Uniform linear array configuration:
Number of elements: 24
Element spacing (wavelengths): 0.75
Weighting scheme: cosine
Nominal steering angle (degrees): -45
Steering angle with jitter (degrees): -46.099
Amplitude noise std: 0.05
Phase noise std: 0.05

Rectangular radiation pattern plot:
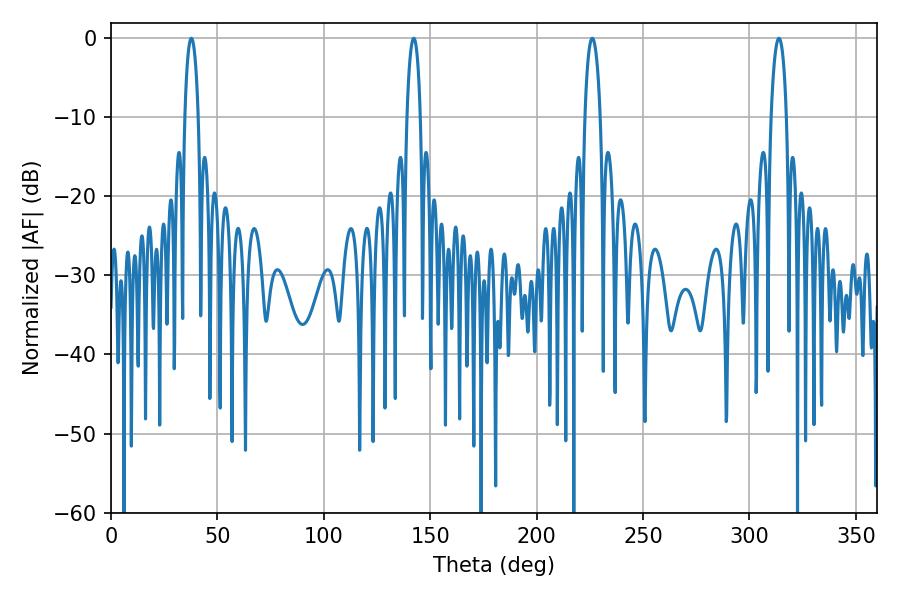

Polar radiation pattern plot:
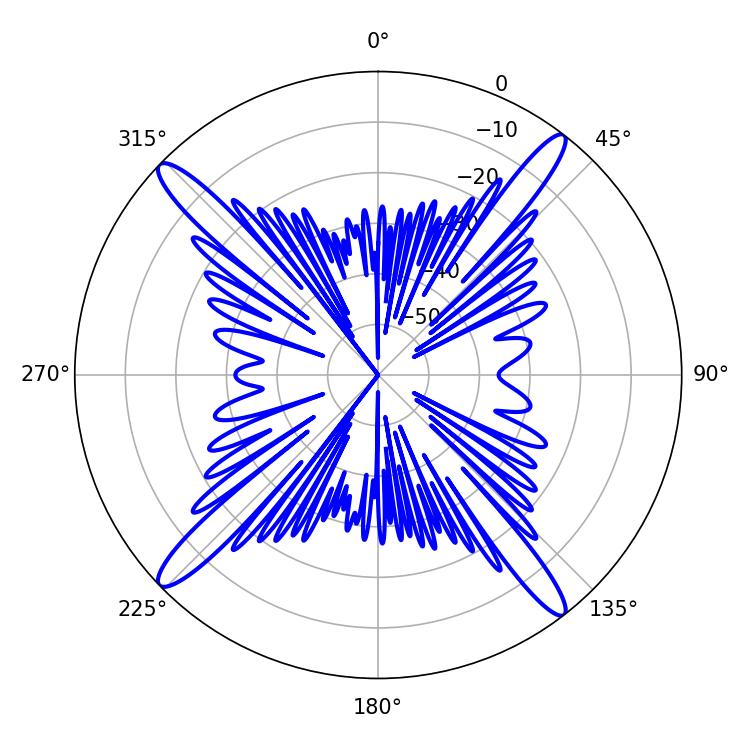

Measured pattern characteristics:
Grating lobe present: TRUE
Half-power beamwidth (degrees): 3.6
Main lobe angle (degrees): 37.8